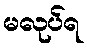
မလုပ်ရ